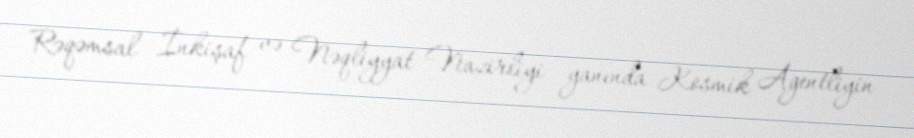
Rəqəmsal İnkişaf və Nəqliyyat Nazirliyi yanında Kosmik Agentliyin